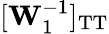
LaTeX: [\mathbf{W}_{1}^{-1}]_{\mathrm{TT}}